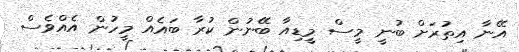
އޭނާ އިތުރަށް ބުނީ މީސް މީޑިއާ ބޭނުން ކުރާ ބައެއް މީހުން އެއްވެސް